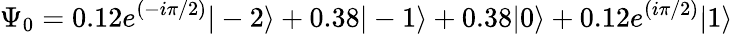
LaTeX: \Psi_{0}=0.12e^{(-i\pi/2)}|-2\rangle+0.38|-1\rangle+0.38|0\rangle+0.12e^{(i\pi/2)}|1\rangle